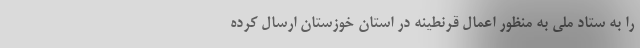
را به ستاد ملی به منظور اعمال قرنطینه در استان خوزستان ارسال کرده